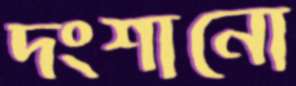
দংশানো